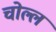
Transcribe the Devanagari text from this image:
चोल्ल